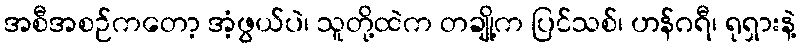
အစီအစဉ်ကတော့ အံ့ဖွယ်ပဲ၊ သူတို့ထဲက တချို့က ပြင်သစ်၊ ဟန်ဂရီ၊ ရုရှားနဲ့